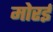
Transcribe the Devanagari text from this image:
मोरई